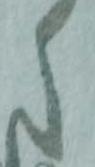
之